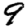
Digit: 9